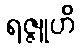
ရဇ္ဇူဟိ